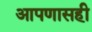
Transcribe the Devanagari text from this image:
आपणासही